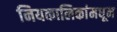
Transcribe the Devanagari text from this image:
नियकालिकांमधून